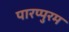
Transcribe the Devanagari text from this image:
पारप्पुरम